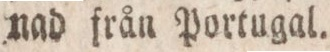
nad från Portugal.